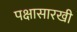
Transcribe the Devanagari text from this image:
पक्षासारखी